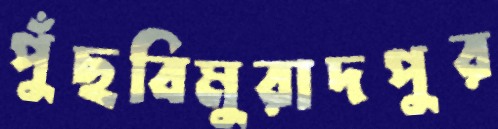
পুঁছবিমুরাদপুর